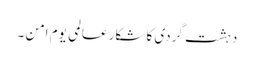
دہشت گردی کا شکار عالمی یوم امن ۔